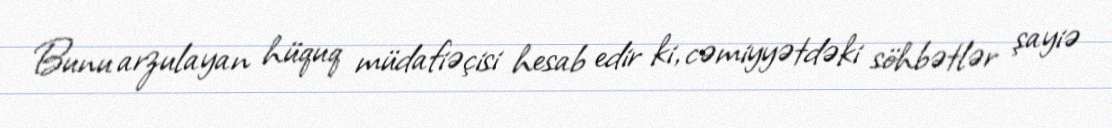
Bunu arzulayan hüquq müdafiəçisi hesab edir ki, cəmiyyətdəki söhbətlər şayiə